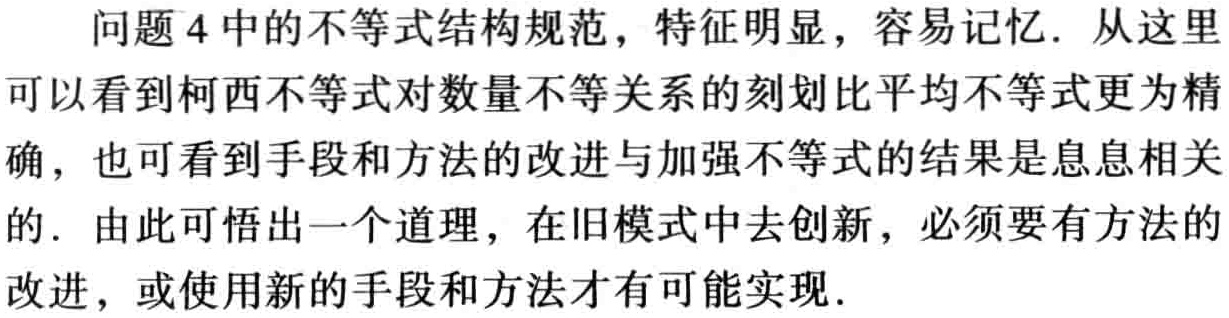
问题4中的不等式结构规范，特征明显，容易记忆. 从这里可以看到柯西不等式对数量不等关系的刻画比平均不等式更为精确，也可看到手段和方法的改进与加强不等式的结果是息息相关的. 由此可悟出一个道理，在旧模式中去创新，必须要有方法的改进，或使用新的手段和方法才有可能实现.